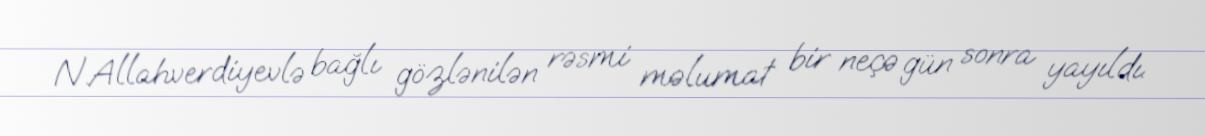
N.Allahverdiyevlə bağlı gözlənilən rəsmi məlumat bir neçə gün sonra yayıldı.